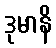
ဒုမာနိ